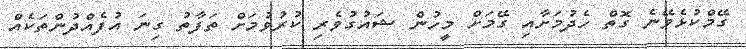
ގޭމްކުޅެވޭނެ ގޮތް ހެދުމަށާއި ގޭމަށް މީހުން ޝައުގުވެރި ކުރުވުމަށް ތަފާތު ގިނަ އުފެއްދުންތަކެއް